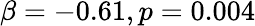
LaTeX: \beta=-0.61,p=0.004